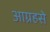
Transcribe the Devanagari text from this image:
आग्रहसे